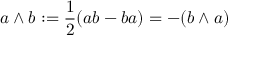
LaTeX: a \wedge b : = { \frac { 1 } { 2 } } ( a b - b a ) = - ( b \wedge a )